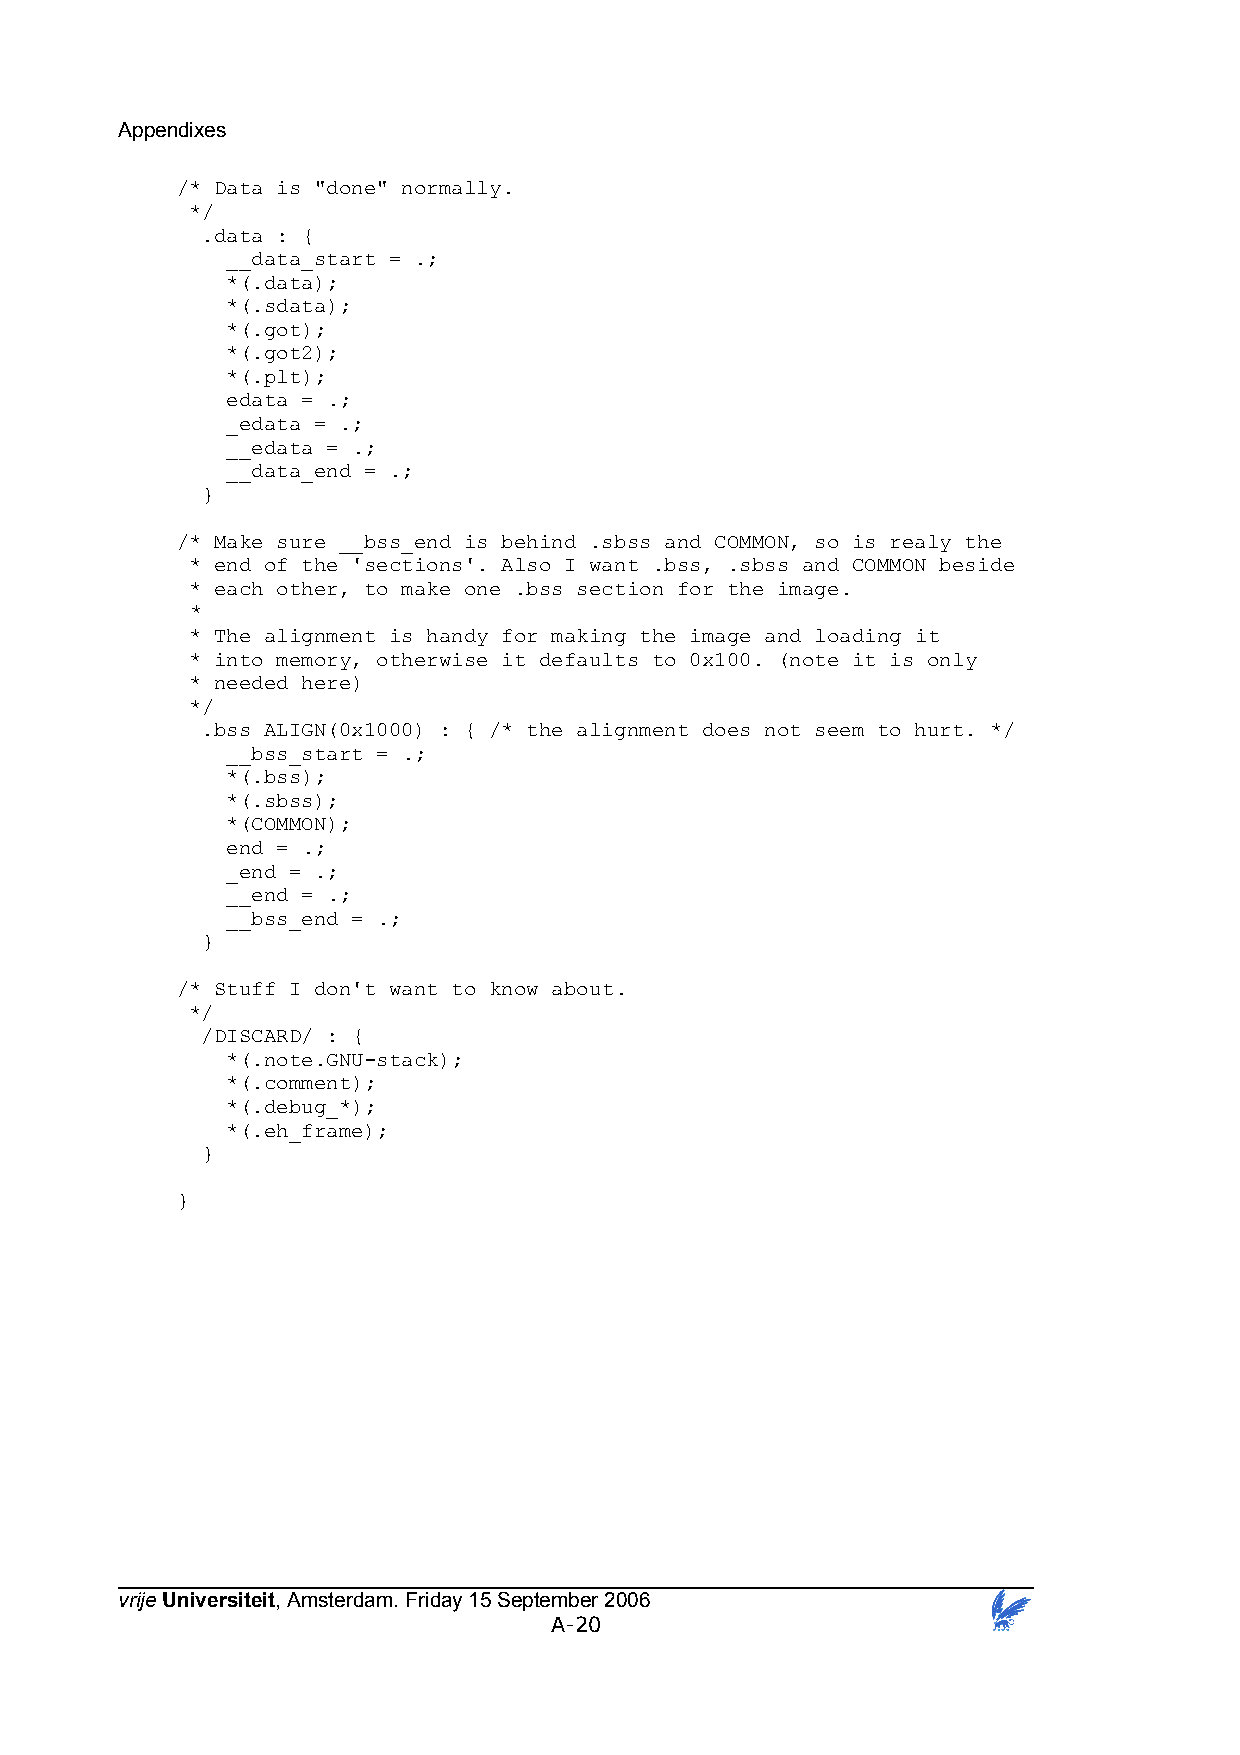
Appendixes
 /* Data is "done" normally.
 */
 .data : {
 __data_start = .;
 *(.data);
 *(.sdata);
 *(.got);
 *(.got2);
 *(.plt);
 edata = .;
 _edata = .;
 __edata = .;
 __data_end = .;
 }
 /* Make sure __bss_end is behind .sbss and COMMON, so is realy the
 * end of the 'sections'. Also I want .bss, .sbss and COMMON beside
 * each other, to make one .bss section for the image.
 *
 * The alignment is handy for making the image and loading it
 * into memory, otherwise it defaults to 0x100. (note it is only
 * needed here)
 */
 .bss ALIGN(0x1000) : { /* the alignment does not seem to hurt. */
 __bss_start = .;
 *(.bss);
 *(.sbss);
 *(COMMON);
 end = .;
 _end = .;
 __end = .;
 __bss_end = .;
 }
 /* Stuff I don't want to know about.
 */
 /DISCARD/ : {
 *(.note.GNU-stack);
 *(.comment);
 *(.debug_*);
 *(.eh_frame);
 }
 }
 vrije Universiteit, Amsterdam. Friday 15 September 2006
 A-20